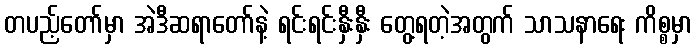
တပည့်တော်မှာ အဲဒီဆရာတော်နဲ့ ရင်းရင်းနှီးနှီး တွေ့ရတဲ့အတွက် သာသနာရေး ကိစ္စမှာ